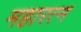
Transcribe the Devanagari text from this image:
महारत्‍न